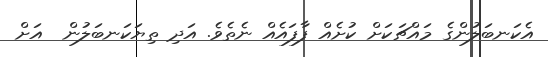
އެކަނބަލުންގެ މައްޗަކަށް ކުށެއް ފާފައެއް ނެތެވެ. އަދި ތިޔަކަނބަލުން  އަށް